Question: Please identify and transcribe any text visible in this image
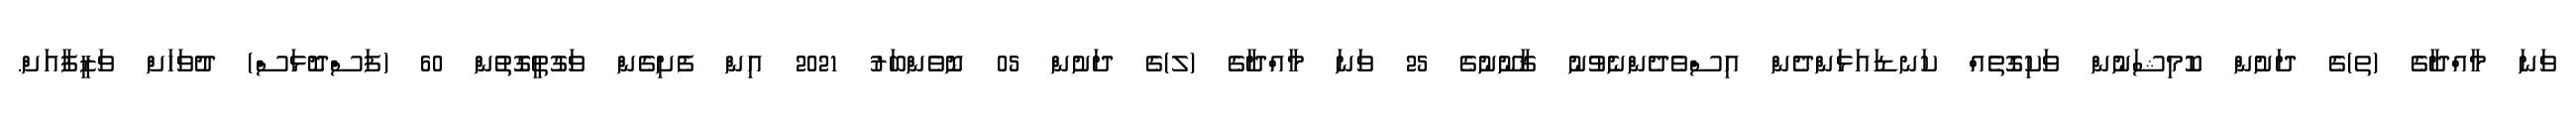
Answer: ވަނަ މާއްދާގެ (ތ)ގެ ދަށުން ކޮމިޝަނުން ވަކިގޮތެއް ކަނޑައަޅަންދެން އިސްވެދެންނެވުނު ޤާނޫނުގެ 25 ވަނަ މާއްދާގެ (ލ)ގެ ދަށުން 05 ނޮވެންބަރު 2021 އިން ފެށިގެން ވަގުތީގޮތުން 60 (ފަސްދޮޅަސް) ދުވަހަށް ވަޒީފާއަށް.